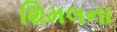
શિમલના